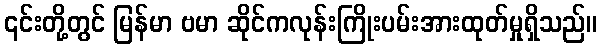
၎င်းတို့တွင် မြန်မာ ဗမာ ဆိုင်ကလုန်းကြိုးပမ်းအားထုတ်မှုရှိသည်။